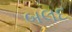
બલદ